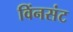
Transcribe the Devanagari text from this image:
विंनसंट